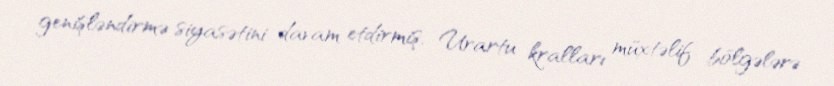
genişləndirmə siyasətini davam etdirmiş, Urartu kralları müxtəlif bölgələrə